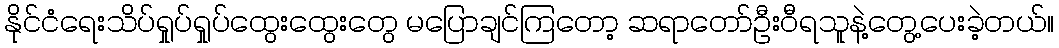
နိုင်ငံရေးသိပ်ရှုပ်ရှုပ်ထွေးထွေးတွေ မပြောချင်ကြတော့ ဆရာတော်ဦးဝီရသူနဲ့တွေ့ပေးခဲ့တယ်။